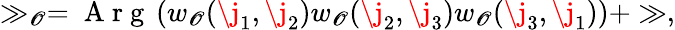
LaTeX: \begin{array}{r}{\gg_{\mathscr{O}}=\mathrm{~A~r~g~}\left(w_{\mathscr{O}}(\j_{1},\j_{2})w_{\mathscr{O}}(\j_{2},\j_{3})w_{\mathscr{O}}(\j_{3},\j_{1})\right)+\gg,}\end{array}